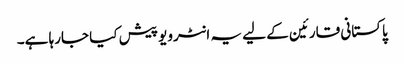
پاکستانی قارئین کے لیے یہ انٹرویو پیش کیا جارہا ہے۔